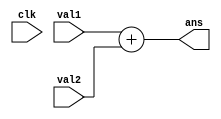
module add(clk, val1, val2, ans);
input clk;
input [0:31] val1, val2;
output reg [0:31] ans;

always @(*)
    ans = val1 + val2;
endmodule

module addjump(val1, val2, ans);

input [0:31] val1, val2;
output reg [0:31] ans;

always @(*)
begin
    ans = val1;
    ans[0:3] = val2[0:3];
end

endmodule

/*
module addj(val1, val2, ans);

input [31:0] val1;
input [31:0] val2;
output [31:0] ans;

assign ans = val1 + val2;

endmodule*/